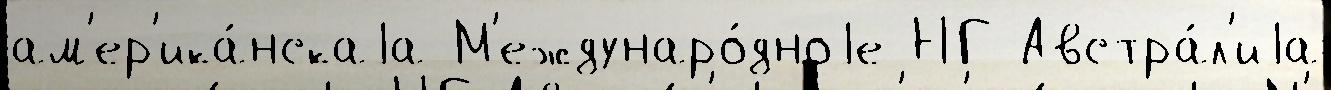
ам'ер'ика́нскаjа М'еждунаро́дноjе НГ Австра́л'иjа